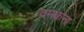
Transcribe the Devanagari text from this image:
दमकना